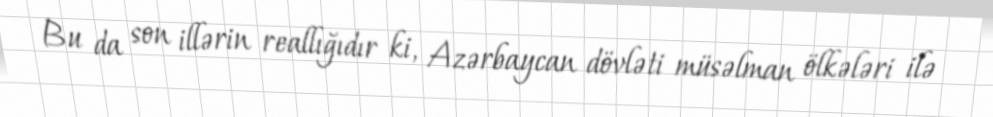
Bu da son illərin reallığıdır ki, Azərbaycan dövləti müsəlman ölkələri ilə